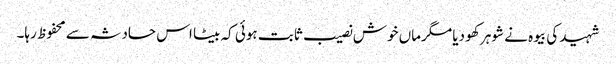
شہید کی بیوہ نے شوہر کھو دیا مگرماں خوش نصیب ثابت ہوئی کہ بیٹا اس حادثہ سے محفوظ رہا۔